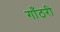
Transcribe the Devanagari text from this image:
गाँठरी